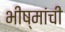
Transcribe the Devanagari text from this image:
भीष्मांची